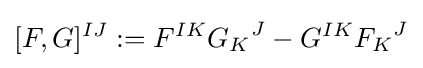
[F,G]^{IJ}:=F^{IK}{G_{K}}^{J}-G^{IK}{F_{K}}^{J}